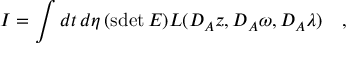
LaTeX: I = \int d t \, d \eta \, ( \mathrm { s d e t } \, E ) { \cal L } ( { \cal D } _ { A } z , { \cal D } _ { A } \omega , { \cal D } _ { A } \lambda ) \quad ,